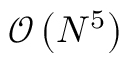
\mathcal { O } \left( N ^ { 5 } \right)